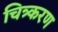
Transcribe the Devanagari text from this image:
चित्र्करण